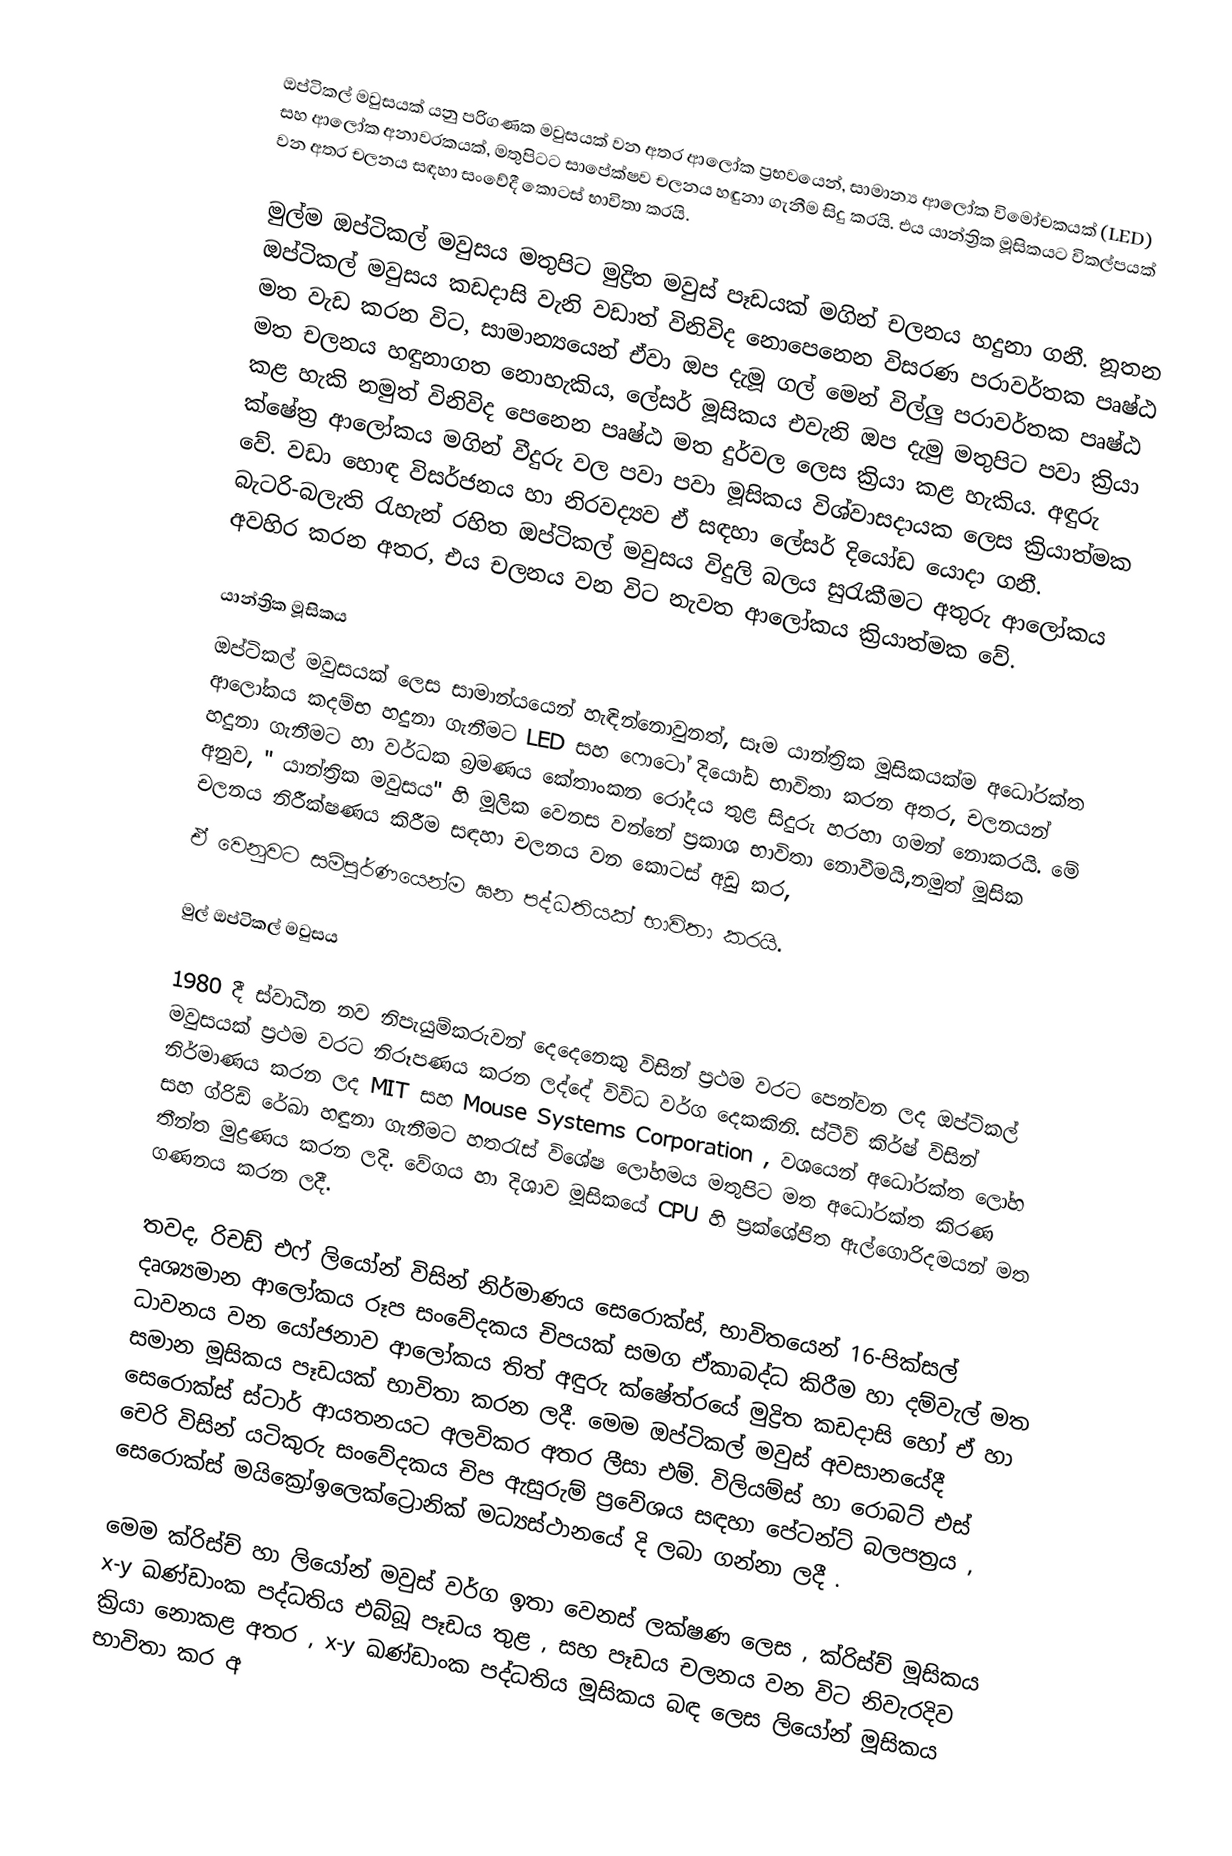
ඔප්ටිකල් මවුසයක් යනු පරිගණක මවුසයක් වන අතර ආලෝක ප්‍රභවයෙන්, සාමාන්‍ය ආලෝක විමෝචකයක් (LED) සහ ආලෝක අනාවරකයක්, මතුපිටට සාපේක්ෂව චලනය හඳුනා ගැනීම සිදු කරයි. එය යාන්ත්‍රික මූසිකයට විකල්පයක් වන අතර චලනය  සඳහා සංවේදී කොටස් භාවිතා කරයි.

මුල්ම ඔප්ටිකල් මවුසය මතුපිට  මුද්‍රිත මවුස් පෑඩයක්  මගින් චලනය හදුනා ගනී. නූතන ඔප්ටිකල් මවුසය කඩදාසි වැනි වඩාත් විනිවිද නොපෙනෙන විසරණ පරාවර්තක පෘෂ්ඨ මත වැඩ කරන විට, සාමාන්‍යයෙන් ඒවා ඔප දැමූ ගල් මෙන් විල්ලු පරාවර්තක පෘෂ්ඨ මත චලනය හඳුනාගත නොහැකිය, ලේසර් මූසිකය  එවැනි ඔප දැමු මතුපිට පවා ක්‍රියා කළ හැකි නමුත් විනිවිද පෙනෙන පෘෂ්ඨ මත දුර්වල ලෙස ක්‍රියා කළ හැකිය. අඳුරු ක්ෂේත්‍ර ආලෝකය මගින් වීදුරු වල පවා පවා මූසිකය විශ්වාසදායක ලෙස ක්‍රියාත්මක වේ. වඩා හොඳ විසර්ජනය හා නිරවද්‍යව ඒ සඳහා ලේසර් දියෝඩ යොදා ගනී. බැටරි-බලැති රැහැන් රහිත ඔප්ටිකල් මවුසය විදුලි බලය සුරැකීමට අතුරු ආලෝකය අවහිර කරන අතර, එය චලනය වන විට නැවත ආලෝකය ක්‍රියාත්මක වේ.

යාන්ත්‍රික මූසිකය
ඔප්ටිකල් මවුසයක් ලෙස සාමාන්යයෙන් හැඳින්නොවුනත්, සෑම යාන්ත්‍රික  මූසිකයක්ම අධෝරක්ත ආලෝකය කදම්භ හදුනා ගැනීමට  LED සහ ෆොටෝ දියෝඩ භාවිතා කරන අතර, චලනයන් හදුනා ගැනීමට  හා වර්ධක බ්‍රමණය කේතාංකන රෝදය තුළ සිදුරු හරහා ගමන් නොකරයි. මේ අනුව, " යාන්ත්‍රික  මවුසය" හි මූලික වෙනස වන්නේ ප්‍රකාශ භාවිතා නොවීමයි,නමුත් මූසික චලනය නිරීක්ෂණය කිරීම සඳහා චලනය වන කොටස් අඩු කර,
ඒ වෙනුවට සම්පූර්ණයෙන්ම ඝන පද්ධතියක් භාවිතා කරයි.

මුල් ඔප්ටිකල් මවුසය 

1980 දී ස්වාධීන නව නිපැයුම්කරුවන් දෙදෙනෙකු විසින් ප්‍රථම වරට පෙන්වන ලද ඔප්ටිකල් මවුසයක්  ප්‍රථම වරට නිරූපණය කරන ලද්දේ විවිධ වර්ග දෙකකිනි.  ස්ටීව් කිර්ෂ් විසින් නිර්මාණය කරන ලද MIT සහ Mouse Systems Corporation ,  වශයෙන් අධෝරක්ත ලෝහ සහ ග්රිඩ් රේඛා හඳුනා ගැනීමට හතරැස් විශේෂ ලෝහමය මතුපිට මත අධෝරක්ත කිරණ තීන්ත මුද්‍රණය කරන ලදි. වේගය හා දිශාව  මූසිකයේ CPU හි ප්‍රක්ශේපිත ඇල්ගොරිදමයන්  මත ගණනය කරන ලදී.

තවද, රිචඩ් එෆ් ලියෝන් විසින් නිර්මාණය සෙරොක්ස්, භාවිතයෙන් 16-පික්සල් දෘශ්‍යමාන ආලෝකය රූප සංවේදකය චිපයක් සමග ඒකාබද්ධ කිරීම හා දම්වැල් මත ධාවනය වන යෝජනාව ආලෝකය තිත් අඳුරු ක්ෂේත්රයේ මුද්‍රිත කඩදාසි හෝ ඒ හා සමාන මූසිකය පෑඩයක් භාවිතා කරන  ලදී. මෙම ඔප්ටිකල් මවුස් අවසානයේදී  සෙරොක්ස් ස්ටාර් ආයතනයට අලවිකර අතර ලීසා එම්. විලියම්ස් හා රොබට් එස් චෙරි විසින් යටිකුරු සංවේදකය චිප ඇසුරුම් ප්‍රවේශය සඳහා පේටන්ට් බලපත්‍රය , සෙරොක්ස් මයික්‍රෝඉලෙක්ට්‍රොනික් මධ්‍යස්ථානයේ දි ලබා ගන්නා ලදී .

 මෙම ක්රිස්ච් හා ලියෝන් මවුස් වර්ග ඉතා වෙනස් ලක්ෂණ ලෙස , ක්රිස්ච් මූසිකය x-y  ඛණ්ඩාංක පද්ධතිය එබ්බූ පෑඩය තුළ , සහ පෑඩය චලනය වන විට නිවැරදිව ක්‍රියා නොකළ අතර , x-y ඛණ්ඩාංක පද්ධතිය මූසිකය බඳ ලෙස ලියෝන් මූසිකය භාවිතා කර අ